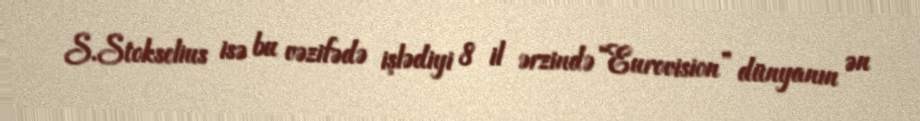
S.Stokselius isə bu vəzifədə işlədiyi 8 il ərzində “Eurovision” dünyanın ən